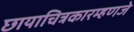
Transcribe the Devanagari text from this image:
छायाचित्रकारम्हणजे